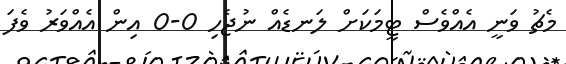
މެޗު ވަނީ އެއްވެސް ޓީމަކަށް ލަނޑެއް ނުޖެހި 0-0 އިން އެއްވަރު ވެފަ